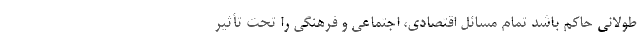
طولانی حاکم باشد تمام مسائل اقتصادی، اجتماعی و فرهنگی را تحت تأثیر